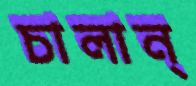
চালান্‌